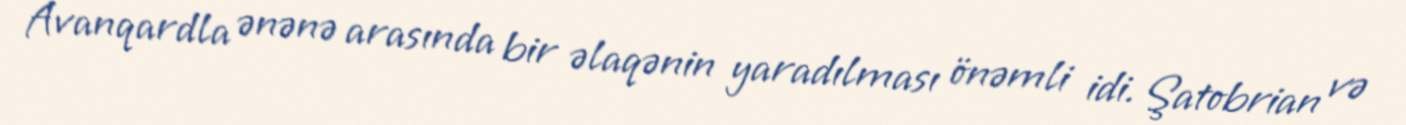
Avanqardla ənənə arasında bir əlaqənin yaradılması önəmli idi. Şatobrian və